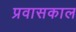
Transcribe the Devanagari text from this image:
प्रवासकाल